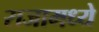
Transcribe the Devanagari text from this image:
राजामध्ये